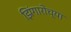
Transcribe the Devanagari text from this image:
झिंगारोच्या